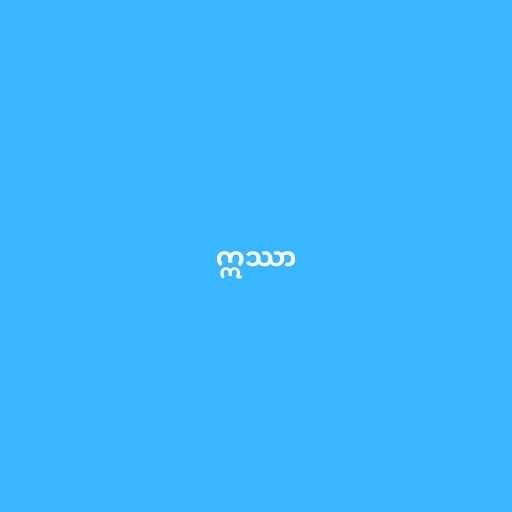
ဣဿာ